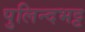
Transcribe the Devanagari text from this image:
पुलिन्दभट्ट